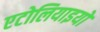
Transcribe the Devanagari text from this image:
एटोलियाइयों